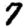
Digit: 7